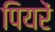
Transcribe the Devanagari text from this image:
पियरें